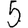
Digit: 5